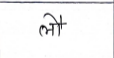
मजकूर: लौ